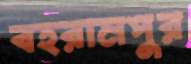
বহরামপুর